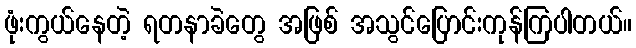
ဖုံးကွယ်နေတဲ့ ရတနာခဲတွေ အဖြစ် အသွင်ပြောင်းကုန်ကြပါတယ်။